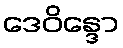
ဒေဝိန္ဒော